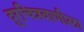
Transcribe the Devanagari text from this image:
दूरचित्रवाणीला